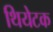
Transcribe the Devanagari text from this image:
थियेटक